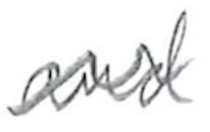
Text: and
Cross-out: wave
Writing tool: pencil